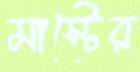
মাস্টের